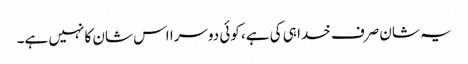
یہ شان صرف خدا ہی کی ہے، کوئی دوسرا اس شان کا نہیں ہے۔